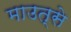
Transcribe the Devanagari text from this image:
माउत्से